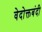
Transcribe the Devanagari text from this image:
वेदोक्तबंदी